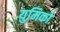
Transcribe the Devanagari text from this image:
युमिको